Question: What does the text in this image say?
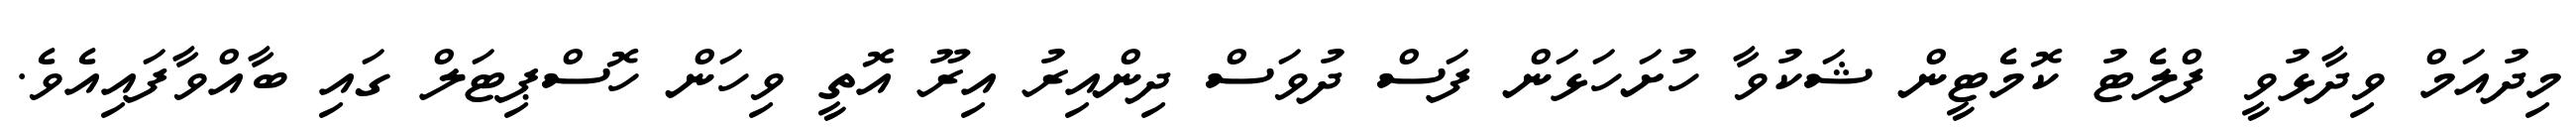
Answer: މިދުއަމް ވިދާޅުވީ ފްލެޓު ކޮމެޓީން ޝަކުވާ ހުށަހަޅަން ފަސް ދުވަސް ދިންއިރު އިރޫ އޮތީ ވިހަން ހޮސްޕިޓަލް ގައި ބާއްވާފައިއެވެ.